Supplement to the account of plague administration in the Bombay Presidency from September 1896 till May 1897
Year: 1896
Disease focus: Plague
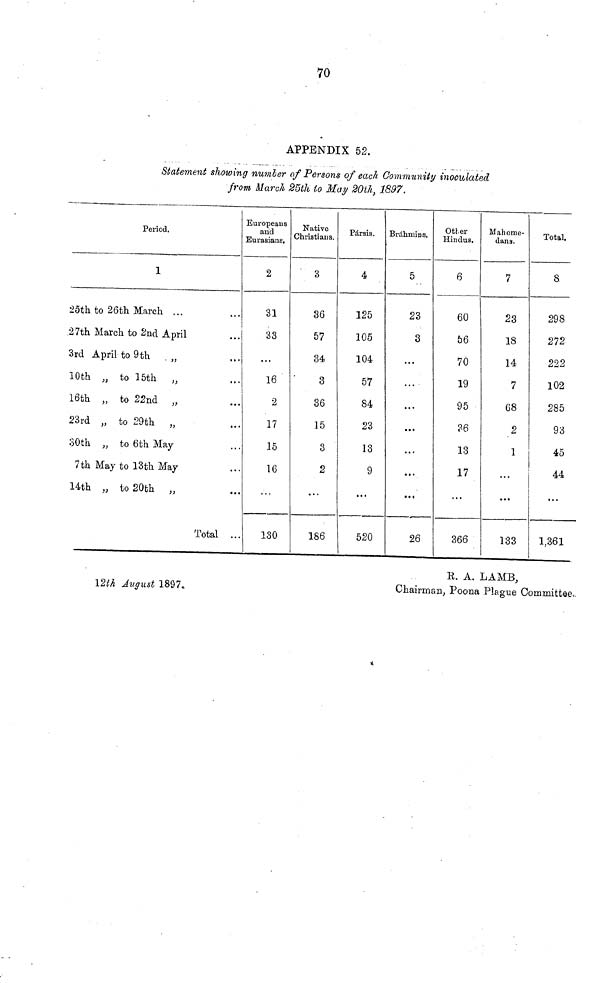
APPENDIX 52.
Statement showing number of Persons of each Community inoculated
from March 25th to May 20th, 1897.
10
R. A. LAMB,
12th August
1897.
Chairman, Poona Plague Committee..
Period.
1
25th to 26th March ...
27th March to 2nd April
3rd April to 9th
„
10th „ to 15th „
16th „ to 22nd „
23rd „ to 29th „
30th „ to 6th May
7th May to 13th May
14th „ to 20th „
Total ..
Europeans
and
Eurasians.
2
31
33
...
16
2
17
15
16
...
130
Native
Christians.
3
36
57
34
3
36
15
3
2
...
186
Parais.
4
125
105
104
57
84
23
13
9
a. •
520
Bràhmins.
5
23
3
...
...
...
• ••
...
...
•••
26
Other
Hindus.
6
60
56
70
19
95
36
13
17
...
366
Mahome-
dans.
7
23
18
14
7
68
2
1
...
...
133
Total.
8
298
272
222
102
285
93
45
44
• •
1,361